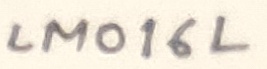
Text: LM016L